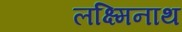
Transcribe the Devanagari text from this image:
लक्ष्मिनाथ